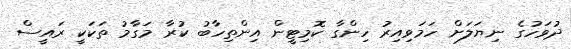
ދުވަހުގެ ނިޔަލަށް ހަމަވިއިރު ހިންގާ ކޮމިޓީން އިންތިހާބު ކުރާ މަގާމު ތަކަކީ ރައީސް